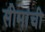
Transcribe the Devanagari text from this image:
सीमांची